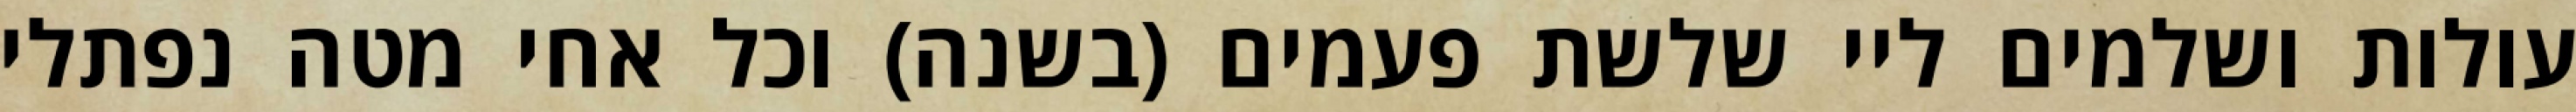
עולות ושלמים ליי שלשת פעמים (בשנה) וכל אחי מטה נפתלי